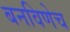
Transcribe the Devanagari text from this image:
बनविणेच